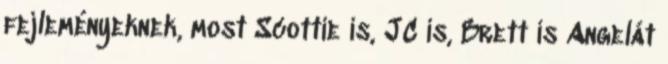
fejleményeknek, most Scottie is, JC is, Brett is Angelát